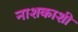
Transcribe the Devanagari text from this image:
नाशकाशी